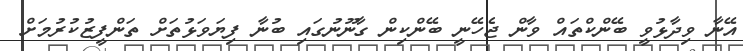
އޭނާ ވިދާޅުވީ ބޭންކްތައް ވާން ޖެހޭނީ ބޭންކިން ގާނޫނުގައި ބުނާ ފިޔަވަޅުތަށް ތަންފީޒުކުރުމަށް